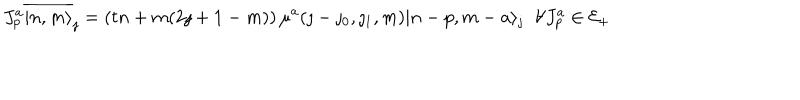
J _ { p } ^ { a } \overline { { { | n , m \rangle } } } _ { \jmath } = \left( t n + m ( 2 \jmath + 1 - m ) \right) \mu ^ { a } ( \jmath - \jmath _ { 0 } , \jmath _ { 1 } , m ) | n - p , m - a \rangle _ { \jmath } \; \; \forall J _ { p } ^ { a } \in { \cal E } _ { + }